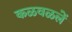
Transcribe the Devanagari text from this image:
कळवळलें